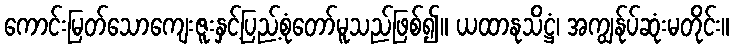
ကောင်းမြတ်သောကျေးဇူးနှင့်ပြည့်စုံတော်မူသည်ဖြစ်၍။ ယထာနုသိဋ္ဌံ၊ အကျွန်ုပ်ဆုံးမတိုင်း။